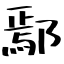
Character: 鄢